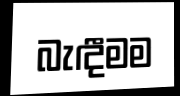
බැඳීමම